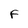
Character: F